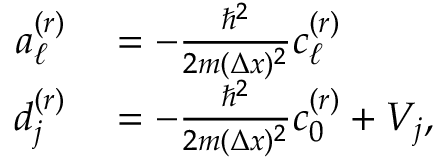
\begin{array} { r l } { a _ { \ell } ^ { ( r ) } } & { { } = - \frac { \hbar ^ { 2 } } { 2 m ( \Delta x ) ^ { 2 } } c _ { \ell } ^ { ( r ) } } \\ { d _ { j } ^ { ( r ) } } & { { } = - \frac { \hbar ^ { 2 } } { 2 m ( \Delta x ) ^ { 2 } } c _ { 0 } ^ { ( r ) } + V _ { j } , } \end{array}